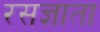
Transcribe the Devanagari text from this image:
रसज्ञाता